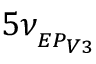
5 \nu _ { _ { E P _ { V 3 } } }